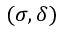
( \sigma , \delta )